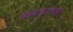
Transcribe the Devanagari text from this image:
कंथकाच्या